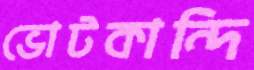
ভোটকান্দি